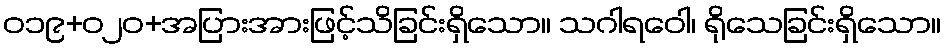
ဝ၁၉+၀၂ဝ+အပြားအားဖြင့်သိခြင်းရှိသော။ သဂါရဝေါ၊ ရိုသေခြင်းရှိသော။